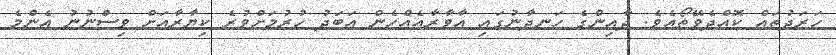
ހަރަދުތައް ކޮއްދެވޭތޯއެވެ. ދާޢިންގެ ހަނދާނުގައި އާވާރާއެއްހެން އަބަދު ހުރުމަށްވުރެ ކިޔާރާއަށް ވިސްނުނު އެންމެ